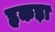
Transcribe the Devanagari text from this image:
हकड़ा